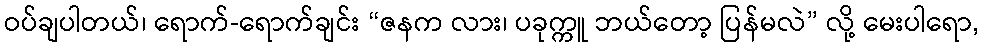
ဝပ်ချပါတယ်၊ ရောက်-ရောက်ချင်း “ဇနက လား၊ ပခုက္ကူ ဘယ်တော့ ပြန်မလဲ” လို့ မေးပါရော,